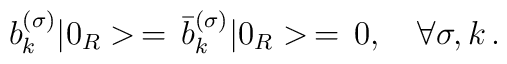
b_k^{(\sigma)}|0_R>\,=\,\bar{b}_k^{(\sigma)}|0_R>\,=\,0, \quad \forall\sigma, k\,{.}